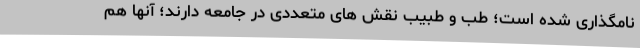
نامگذاری شده است؛ طب و طبیب نقش های متعددی در جامعه دارند؛ آنها هم